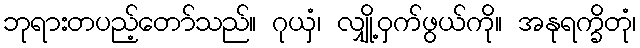
ဘုရားတပည့်တော်သည်။ ဂုယှံ၊ လျှို့ဝှက်ဖွယ်ကို။ အနုရက္ခိတုံ၊